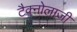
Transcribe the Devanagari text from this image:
टैक्नोलाजी